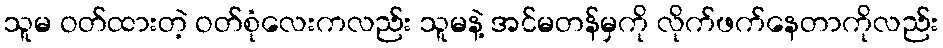
သူမ ဝတ်ထားတဲ့ ဝတ်စုံလေးကလည်း သူမနဲ့ အင်မတန်မှကို လိုက်ဖက်နေတာကိုလည်း